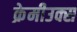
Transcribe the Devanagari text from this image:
क्रेमीउक्स